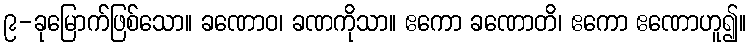
၉-ခုမြောက်ဖြစ်သော။ ခဏောဝ၊ ခဏကိုသာ။ ဧကော ခဏောတိ၊ ဧကော ဧဏောဟူ၍။